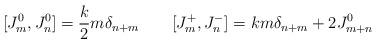
LaTeX: \begin{align*}[J^0_m,J^0_n]=\frac{k}{2}m\delta_{n+m} \qquad[J^+_m,J^-_n]=km\delta_{n+m}+2J^0_{m+n}\end{align*}